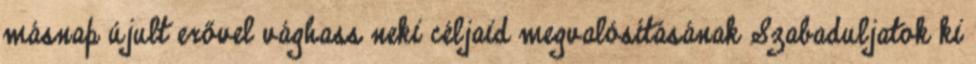
másnap újult erővel vághass neki céljaid megvalósításának Szabaduljatok ki